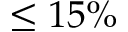
\leq 1 5 \%